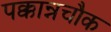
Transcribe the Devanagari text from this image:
पक्कान्नचौक